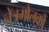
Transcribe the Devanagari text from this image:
नेत्रगोलकों